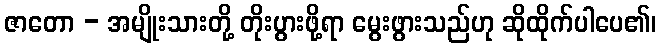
ဇာတော - အမျိုးသားတို့ တိုးပွားဖို့ရာ မွေးဖွားသည်ဟု ဆိုထိုက်ပါပေ၏၊